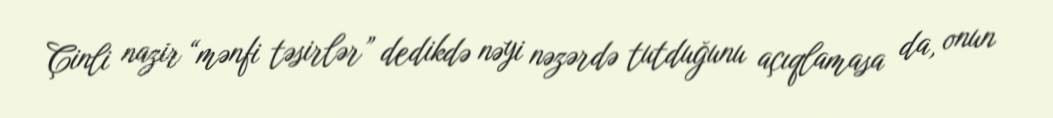
Çinli nazir “mənfi təsirlər” dedikdə nəyi nəzərdə tutduğunu açıqlamasa da, onun